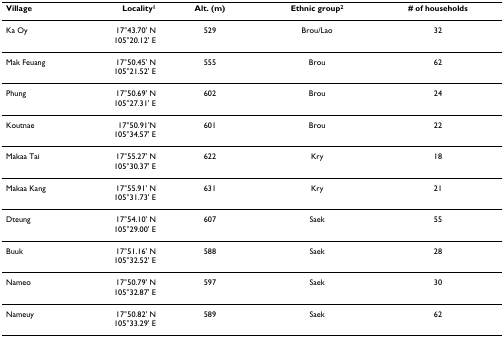
<table><thead><tr><td><b>Village</b></td><td><b>Locality<sup>1</sup></b></td><td><b>Alt. (m)</b></td><td><b>Ethnic group<sup>2</sup></b></td><td><b># of households</b></td></tr></thead><tbody><tr><td>Ka Oy</td><td>17°43.70&#x27; N105°20.12&#x27; E</td><td>529</td><td>Brou/Lao</td><td>32</td></tr><tr><td>Mak Feuang</td><td>17°50.45&#x27; N105°21.52&#x27; E</td><td>555</td><td>Brou</td><td>62</td></tr><tr><td>Phung</td><td>17°50.69&#x27; N105°27.31&#x27; E</td><td>602</td><td>Brou</td><td>24</td></tr><tr><td>Koutnae</td><td>17°50.91&#x27;N105°34.57&#x27; E</td><td>601</td><td>Brou</td><td>22</td></tr><tr><td>Makaa Tai</td><td>17°55.27&#x27; N105°30.37&#x27; E</td><td>622</td><td>Kry</td><td>18</td></tr><tr><td>Makaa Kang</td><td>17°55.91&#x27; N105°31.73&#x27; E</td><td>631</td><td>Kry</td><td>21</td></tr><tr><td>Dteung</td><td>17°54.10&#x27; N105°29.00&#x27; E</td><td>607</td><td>Saek</td><td>55</td></tr><tr><td>Buuk</td><td>17°51.16&#x27; N105°32.52&#x27; E</td><td>588</td><td>Saek</td><td>28</td></tr><tr><td>Nameo</td><td>17°50.79&#x27; N105°32.87&#x27; E</td><td>597</td><td>Saek</td><td>30</td></tr><tr><td>Nameuy</td><td>17°50.82&#x27; N105°33.29&#x27; E</td><td>589</td><td>Saek</td><td>62</td></tr></tbody></table>